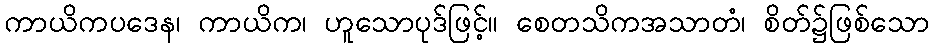
ကာယိကပဒေန၊ ကာယိက၊ ဟူသောပုဒ်ဖြင့်။ စေတသိကအသာတံ၊ စိတ်၌ဖြစ်သော